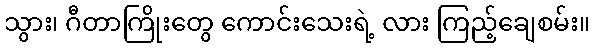
သွား၊ ဂီတာကြိုးတွေ ကောင်းသေးရဲ့ လား ကြည့်ချေစမ်း။